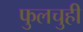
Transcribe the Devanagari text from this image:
फुलचुही